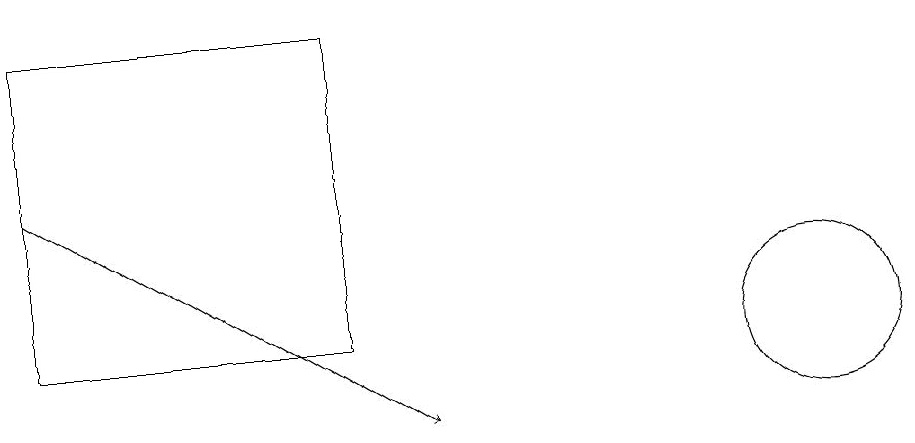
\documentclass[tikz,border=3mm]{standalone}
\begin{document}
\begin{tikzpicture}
\draw (11,12) circle (1);
\draw[->] (1,14) -- (6,11);
\draw (1,16) rectangle (5,12);
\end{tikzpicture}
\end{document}